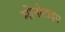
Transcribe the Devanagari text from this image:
मोनोटाइप